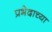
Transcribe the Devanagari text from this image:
प्रभेदाच्या